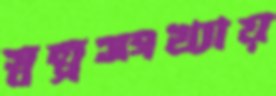
স্বল্পসংখ্যায়